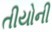
તીયોની